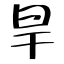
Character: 旱